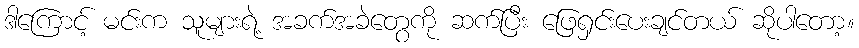
ဒါကြောင့် မင်းက သူများရဲ့ အခက်အခဲတွေကို ဆက်ပြီး ဖြေရှင်းပေးချင်တယ် ဆိုပါတော့။